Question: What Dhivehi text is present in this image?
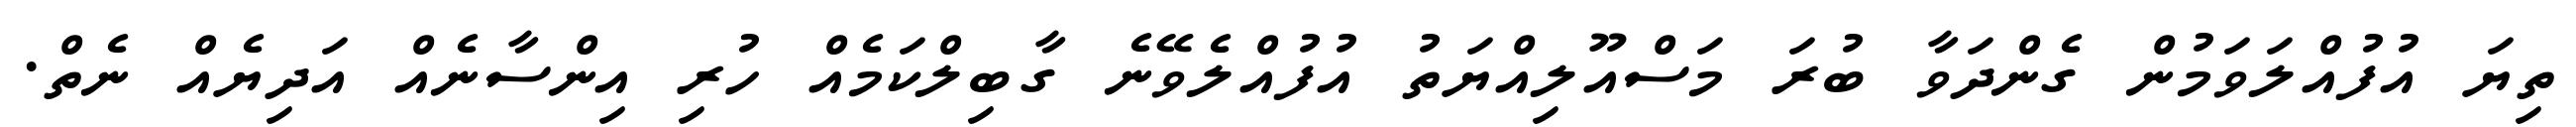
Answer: ތިޔަ އުފުއްލަވަމުން ގެންދަވާ ބުރަ މަސްއޫލިއްޔަތު އުފުއްލެވޭނެ ގާބިލްކަމެއް ހުރި އިންސާނެއް އަދިޔެއް ނެތް.